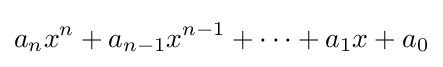
a_{n}x^{n}+a_{n-1}x^{n-1}+\cdots +a_{1}x+a_{0}